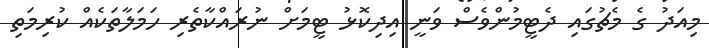
މިއަދު ގެ މެޗުގައި ދެޓީމުންވެސް ވަނީ އިދިކޮޅު ޓީމަށް ނުރައްކާތެރި ހަމަލާތަކެއް ކުރިމަތި